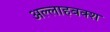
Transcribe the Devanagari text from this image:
अल्लाहबक्श